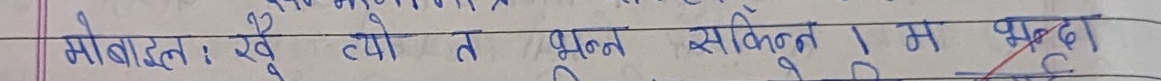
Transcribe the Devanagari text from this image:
मोबाइल : ख्वो त्यो त भन्ने सकिन्न । म भुल